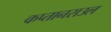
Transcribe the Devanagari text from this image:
कप्तानराउल